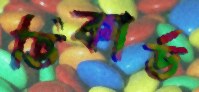
ভিকার্ড